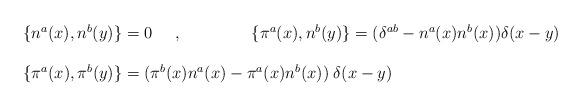
LaTeX: \begin{align*} \begin{array}{l} \{ n^{a}(x),n^{b}(y)\} =0 \;\;\;\;\; ,\;\;\;\;\;\;\;\;\;\;\;\;\;\;\;\{{\pi}^{a}(x),n^{b}(y)\}=(\delta^{ab}-n^{a}(x)n^{b}(x))\delta(x-y)\\ \\\{ {\pi}^{a}(x),{\pi}^{b}(y)\}= ({\pi}^{b}(x)n^{a}(x) -{\pi}^{a}(x)n^{b}(x))\; \delta(x-y) \\ \end{array}\end{align*}